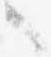
々